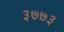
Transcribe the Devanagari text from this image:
३७७३